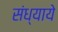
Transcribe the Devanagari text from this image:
संध्याये